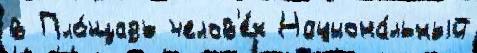
в Пло́щадь челов'е́к Национа́льный